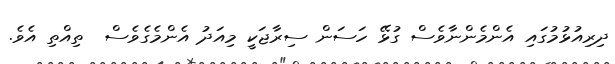
ދިރިއުޅުމުގައި އެންމެންނާވެސް ގުޅޭ ހަސަން ސިރާޖަކީ މިއަދު އެންމެގެވެސް  ތިއްތި އެވެ.